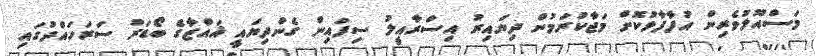
މަސްއޫލުވެރިން އުފާފާޅުކޮށް މަޖާކުރަމުން ދިޔައިރު އިސްރާއީލު ސިފައިން ގެންދިޔައީ ޣައްޒާގެ ބޯޑަރު ސަރަހައްދުގައި